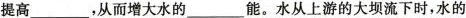
提高___，从而增大水的___能。水从上游的大坝流下时，水的